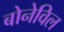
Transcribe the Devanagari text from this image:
बोनेविल